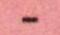
-